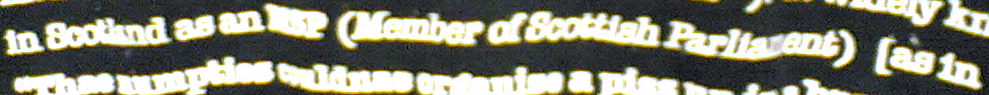
in Scotland as an MSP (Member of Scottlah Parliarent) [as in